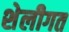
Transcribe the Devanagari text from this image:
शेलीगत